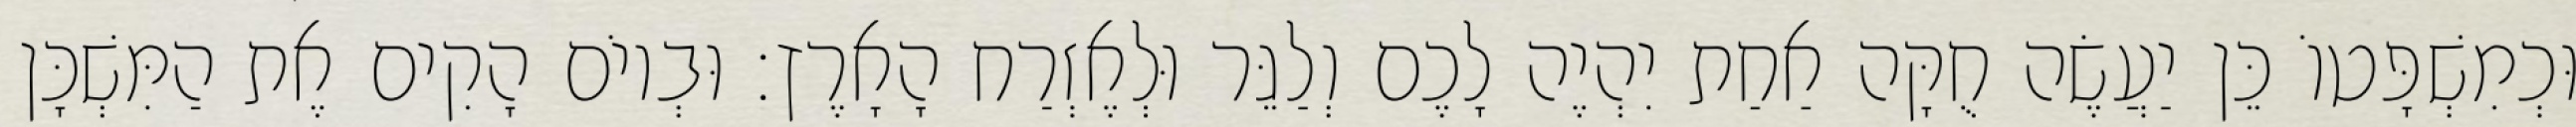
וּכְמִשְׁפָּטוֹ כֵּן יַעֲשֶׂה חֻקָּה אַחַת יִהְיֶה לָכֶם וְלַגֵּר וּלְאֶזְרַח הָאָרֶץ׃ וּבְיוֹם הָקִים אֶת הַמִּשְׁכָּן